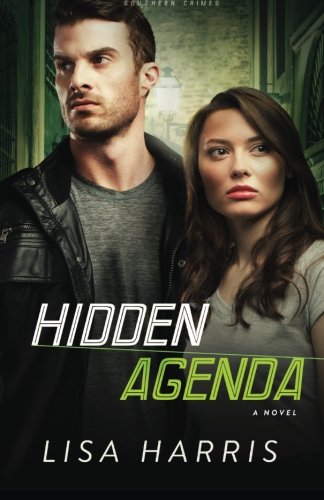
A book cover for Hidden Agenda: A Novel (Southern Crimes) (Volume 3); Lisa Harris; Romance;